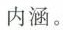
内涵。